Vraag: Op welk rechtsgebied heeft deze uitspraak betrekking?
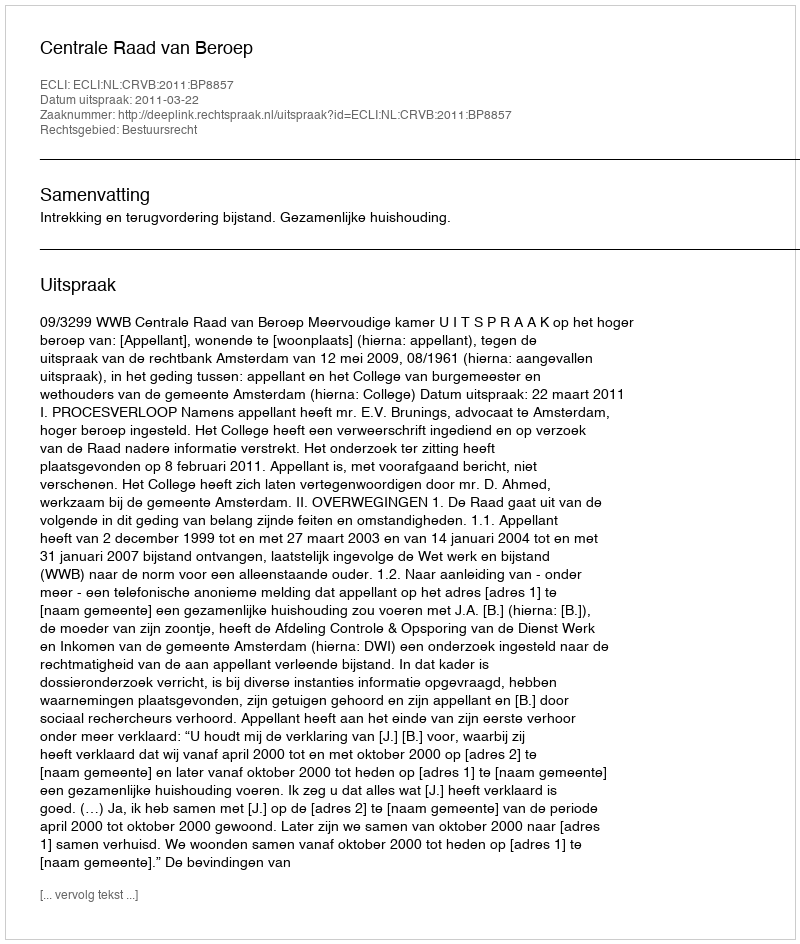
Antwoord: Bestuursrecht